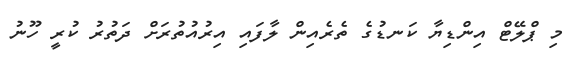
މި ޕްލޭޓް އިންޑިޔާ ކަނޑުގެ ތެރެއިން ލާފައި އިރުއުތުރަށް ދަތުރު ކުރީ ހޫނު